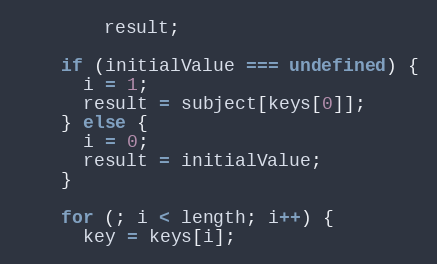
Language: JavaScript
        result;

    if (initialValue === undefined) {
      i = 1;
      result = subject[keys[0]];
    } else {
      i = 0;
      result = initialValue;
    }

    for (; i < length; i++) {
      key = keys[i];